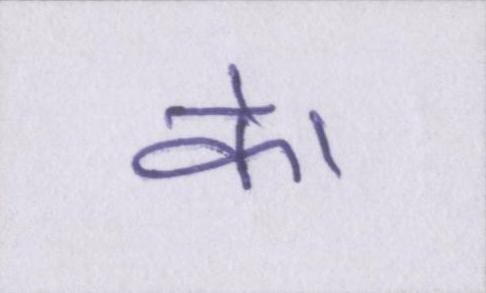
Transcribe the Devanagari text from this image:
के।